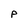
Character: P